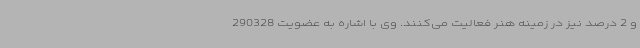
و 2 درصد نیز در زمینه هنر فعالیت می‌کنند. وی با اشاره به عضویت 290328